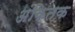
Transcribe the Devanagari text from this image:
अंकितक